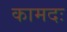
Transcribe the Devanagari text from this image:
कामदः